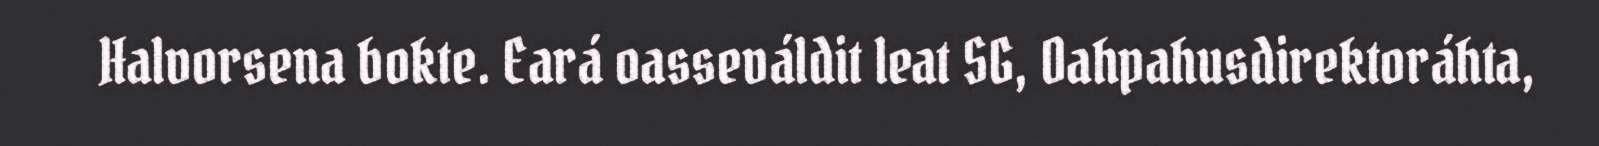
Halvorsena bokte. Eará oasseváldit leat SG, Oahpahusdirektoráhta,